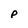
Character: P